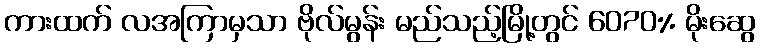
ကားထက် လအကြာမှသာ ဗိုလ်မွန်း မည်သည့်မြို့တွင် 6070% မိုးဆွေ